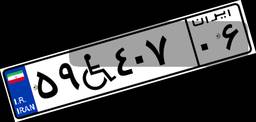
۵۹W۴۰۷۰۶